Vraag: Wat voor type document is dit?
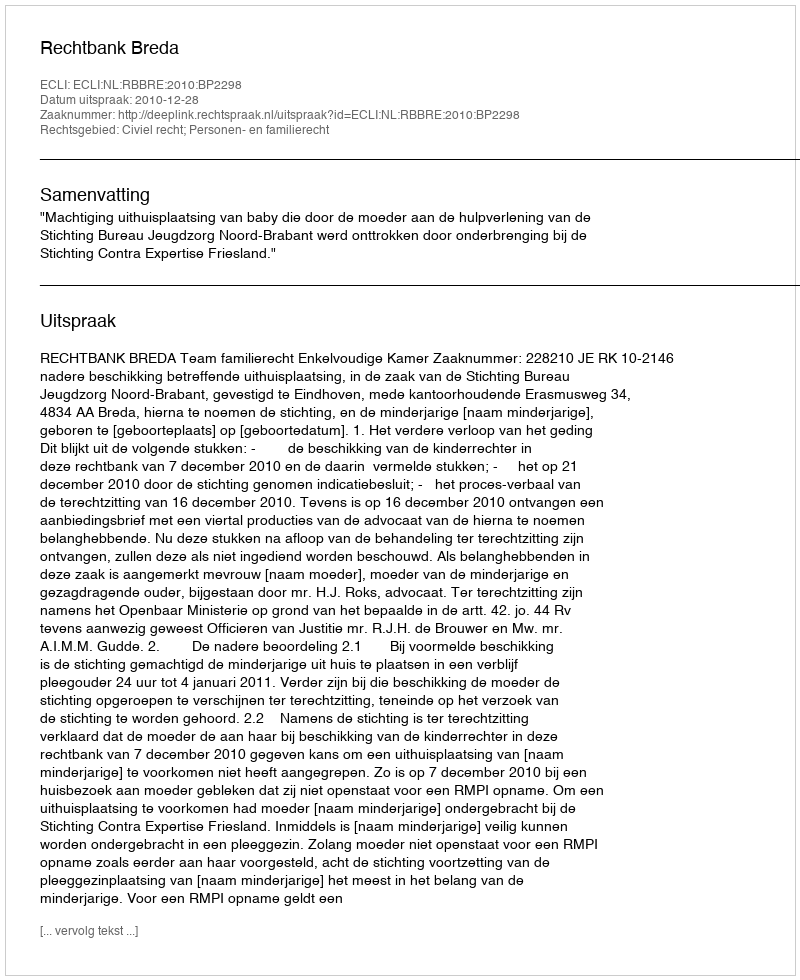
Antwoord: Uitspraak